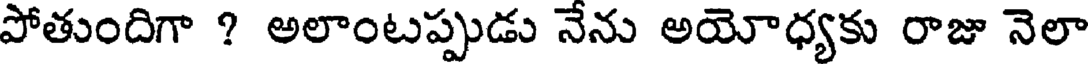
పోతుందిగా ? అలాంటప్పుడు నేను అయోధ్యకు రాజు నెలా